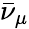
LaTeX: \bar{\nu}_{\mu}